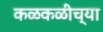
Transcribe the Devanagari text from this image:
कळकळीच्या